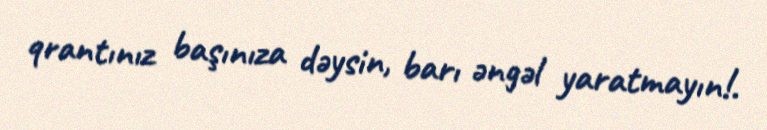
qrantınız başınıza dəysin, barı əngəl yaratmayın!.